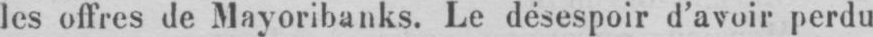
les offres de Mayoribanks. Le désespoir d’avoir perdu